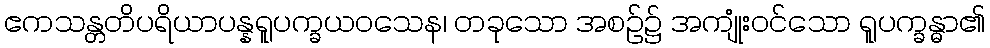
ဧကသန္တတိပရိယာပန္နရူပက္ခယဝသေန၊ တခုသော အစဉ်၌ အကျုံးဝင်သော ရူပက္ခန္ဓာ၏